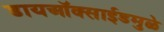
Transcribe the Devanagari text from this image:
डायऑक्साईडमुळे